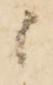
候